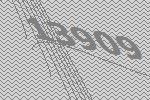
13909